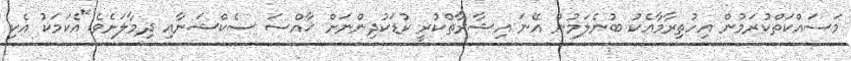
މަސައްކަތްކުރަމުން އިހުތިރާމާއެކު ބުނެލަމުން އޭނަ އިޝާރާތްކުރީ ކުޑަކުދިންނަށް ޚާއްސަ ސެކްޝަނާއި ދިމާލަށެވެ."އެކަމަކު އެކި